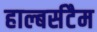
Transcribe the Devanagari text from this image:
हाल्बर्सटैम